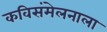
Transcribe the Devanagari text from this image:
कविसंमेलनाला